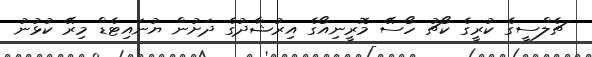
ޗެލްސީގެ ކުރީގެ ކޯޗު ހޯސޭ މޮރީނިއޯގެ އިރުޝާދުގެ ދަށުން ޔުނައިޓެޑް މިރޭ ކުޅުނު